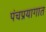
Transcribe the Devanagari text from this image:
पंचप्रयागात